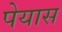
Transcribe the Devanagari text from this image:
पेयास